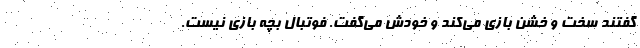
‌گفتند سخت و خشن بازی می‌کند و خودش می‌گفت. فوتبال بچه بازی نیست.